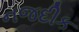
નજદીક